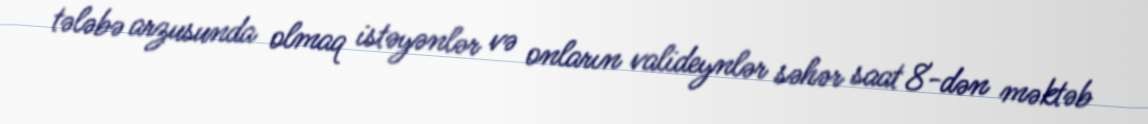
tələbə arzusunda olmaq istəyənlər və onların valideynlər səhər saat 8-dən məktəb